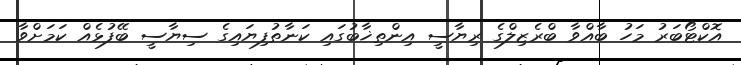
އޮކްޓޯބަރު މަހު ބާއްވާ ބްރެޒިލްގެ ރިޔާސީ އިންތިޚާބުގައި ކަނާތުފިޔައިގެ ސިޔާސީ ބޭފުޅެއް ކަމަށްވާ